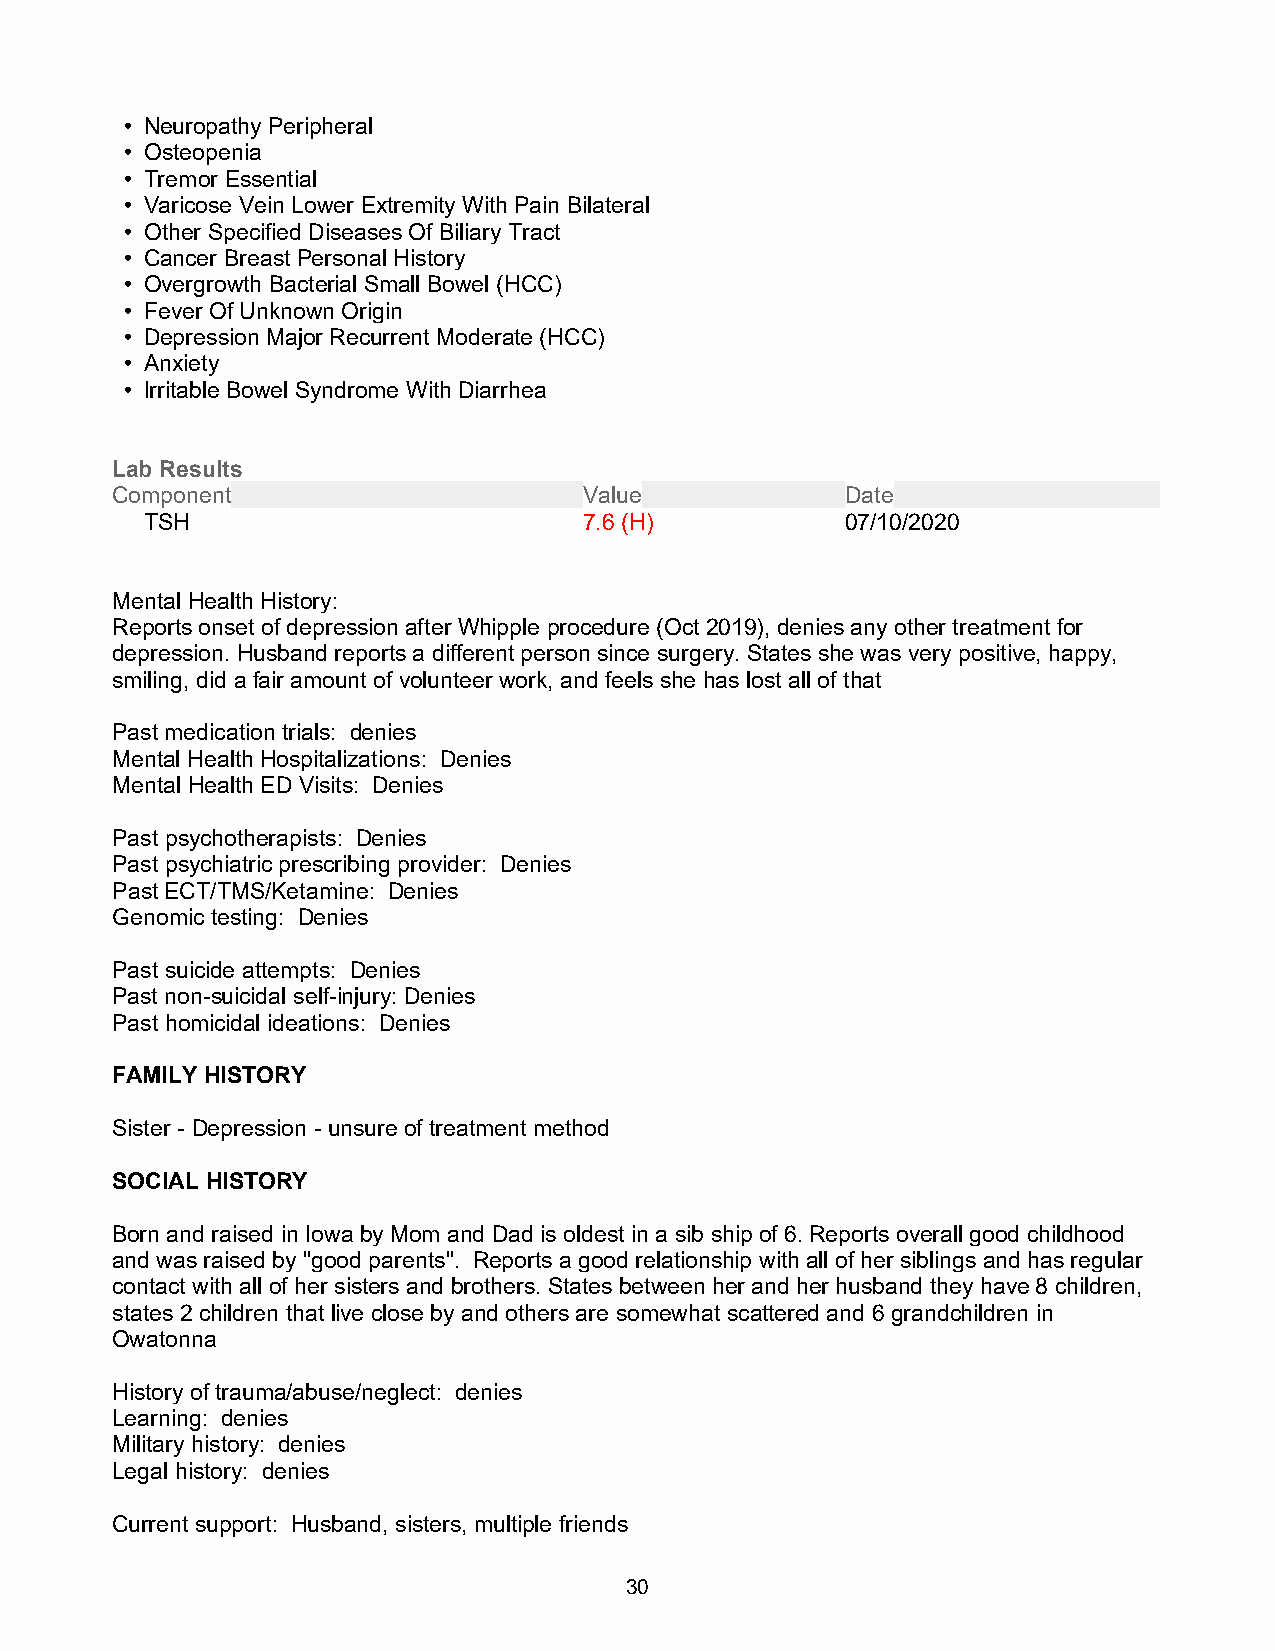
• Neuropathy Peripheral
 • Osteopenia
 • Tremor Essential
 • Varicose Vein Lower Extremity With Pain Bilateral
 • Other Specified Diseases Of Biliary Tract
 • Cancer Breast Personal History
 • Overgrowth Bacterial Small Bowel (HCC)
 • Fever Of Unknown Origin
 • Depression Major Recurrent Moderate (HCC)
 • Anxiety
 • Irritable Bowel Syndrome With Diarrhea
 Lab Results
 Component                       Value            Date
 TSH                          7.6 (H)          07/10/2020
 Mental Health History:
 Reports onset of depression after Whipple procedure (Oct 2019), denies any other treatment for
 depression. Husband reports a different person since surgery. States she was very positive, happy,
 smiling, did a fair amount of volunteer work, and feels she has lost all of that
 Past medication trials: denies
 Mental Health Hospitalizations: Denies
 Mental Health ED Visits: Denies
 Past psychotherapists: Denies
 Past psychiatric prescribing provider: Denies
 Past ECT/TMS/Ketamine: Denies
 Genomic testing: Denies
 Past suicide attempts: Denies
 Past non-suicidal self-injury: Denies
 Past homicidal ideations: Denies
 FAMILY HISTORY
 Sister - Depression - unsure of treatment method
 SOCIAL HISTORY
 Born and raised in Iowa by Mom and Dad is oldest in a sib ship of 6. Reports overall good childhood
 and was raised by "good parents". Reports a good relationship with all of her siblings and has regular
 contact with all of her sisters and brothers. States between her and her husband they have 8 children,
 states 2 children that live close by and others are somewhat scattered and 6 grandchildren in
 Owatonna
 History of trauma/abuse/neglect: denies
 Learning: denies
 Military history: denies
 Legal history: denies
 Current support: Husband, sisters, multiple friends
 30